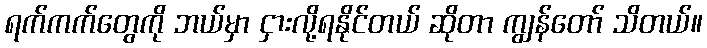
ရက်ကက်တွေကို ဘယ်မှာ ငှားလို့ရနိုင်တယ် ဆိုတာ ကျွန်တော် သိတယ်။